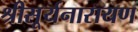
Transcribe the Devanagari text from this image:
श्रीसूर्यनारायण